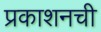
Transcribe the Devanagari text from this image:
प्रकाशनची